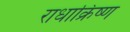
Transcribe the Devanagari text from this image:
राधाक्रिष्ण